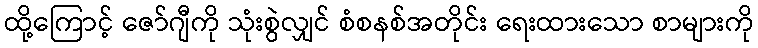
ထို့ကြောင့် ဇော်ဂျီကို သုံးစွဲလျှင် စံစနစ်အတိုင်း ရေးထားသော စာများကို